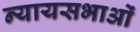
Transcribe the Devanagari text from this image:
न्यायसभाओं